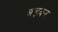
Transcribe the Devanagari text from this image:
अड़कर